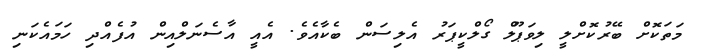
މަތަކޮށް ބޭރުކޮށްލީ ލިވަޕޫލް ގޯލްކީޕަރު އެލިސަން ބެކާއެވެ. އެއީ އާސެނަލްއިން އުފެއްދި ހަމައެކަނި